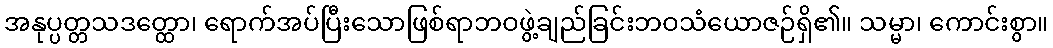
အနုပ္ပတ္တသဒတ္ထော၊ ရောက်အပ်ပြီးသောဖြစ်ရာဘဝဖွဲ့ချည်ခြင်းဘဝသံယောဇဉ်ရှိ၏။ သမ္မာ၊ ကောင်းစွာ။